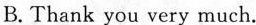
B. Thank you very much.